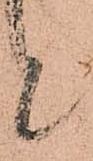
と